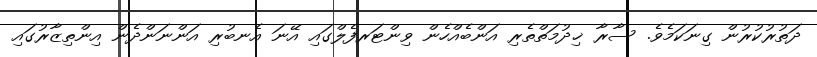
ދަތުރުކުރުން ގިނަކަމެވެ. ސާރާ ޚިދުމަތްތެރި އަންބެއްހެން ވިންޓަރފެލްގައި އޭނަ އެނބުރި އަންނަންދެން އިންތިޒާރުގައި